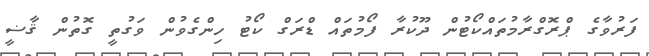
ފަރުވާގެ ޕްރޮގްރާމުތައްކޯޓުން ދޫކުރާ ފޯމުތައް ޑްރަގް ކޯޓު ހިންގެވުން ވަގުތީ ގޮތުން ޤާޟީ